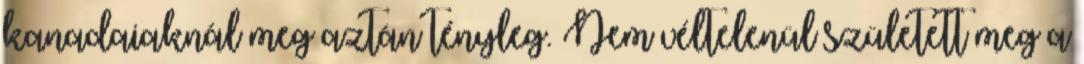
kanadaiaknál meg aztán tényleg. Nem véltelenül született meg a